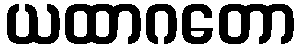
ယထာဂတော